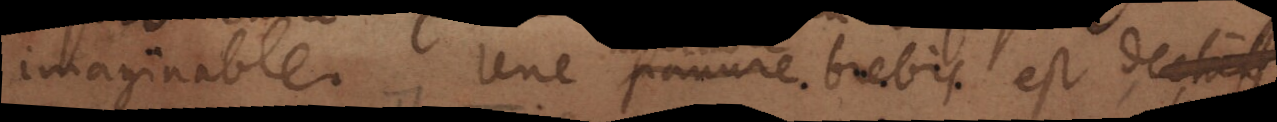
imaginable. Une pauvre brebis est